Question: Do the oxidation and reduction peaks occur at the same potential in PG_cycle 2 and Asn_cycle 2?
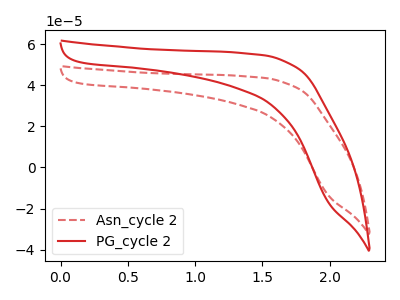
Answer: <think>The red dashed curve "Asn_cycle 2" has no peaks. The red curve "PG_cycle 2" has no peaks.</think>
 <answer>Niether CV has any peaks.</answer>
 <eval>blanks</eval>